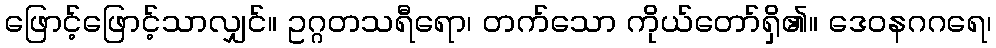
ဖြောင့်ဖြောင့်သာလျှင်။ ဥဂ္ဂတသရီရော၊ တက်သော ကိုယ်တော်ရှိ၏။ ဒေဝနဂဂရေ၊